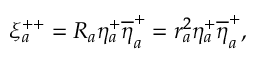
\xi _ { a } ^ { + + } = R _ { a } \eta _ { a } ^ { + } \overline { { { \eta } } } _ { a } ^ { + } = r _ { a } ^ { 2 } \eta _ { a } ^ { + } \overline { { { \eta } } } _ { a } ^ { + } ,